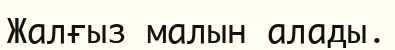
Жалғыз малын алады.